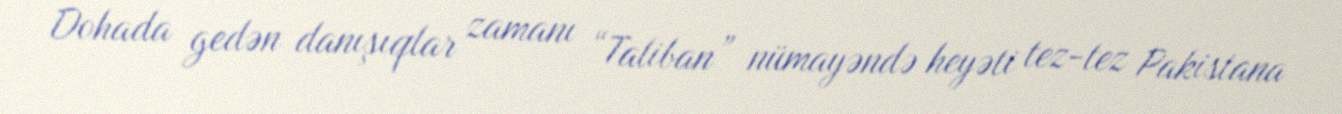
Dohada gedən danışıqlar zamanı “Taliban” nümayəndə heyəti tez-tez Pakistana